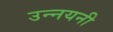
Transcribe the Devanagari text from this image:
उन्नयनी